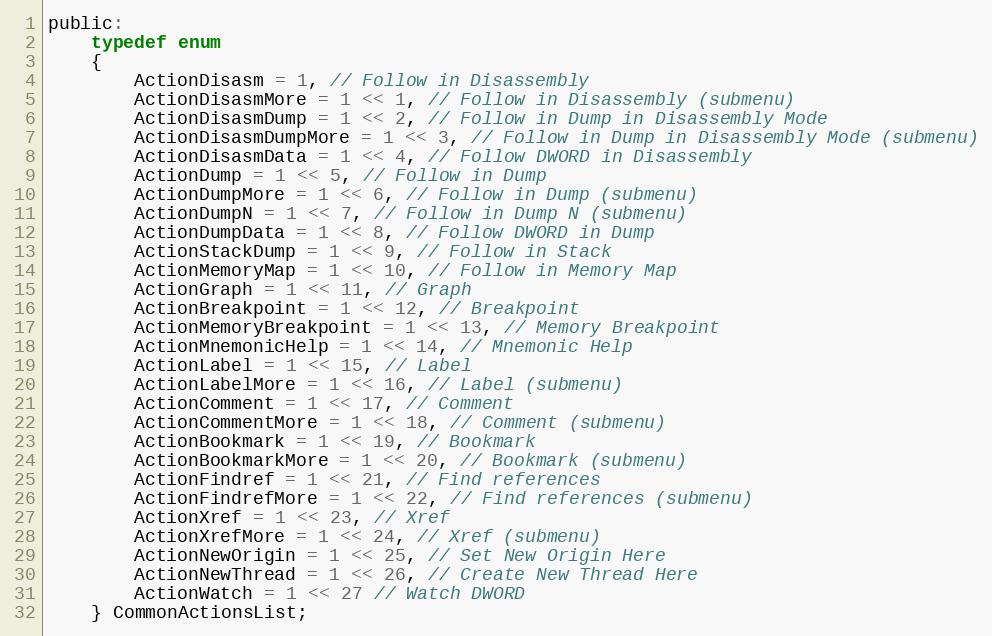
Language: C
public:
    typedef enum
    {
        ActionDisasm = 1, // Follow in Disassembly
        ActionDisasmMore = 1 << 1, // Follow in Disassembly (submenu)
        ActionDisasmDump = 1 << 2, // Follow in Dump in Disassembly Mode
        ActionDisasmDumpMore = 1 << 3, // Follow in Dump in Disassembly Mode (submenu)
        ActionDisasmData = 1 << 4, // Follow DWORD in Disassembly
        ActionDump = 1 << 5, // Follow in Dump
        ActionDumpMore = 1 << 6, // Follow in Dump (submenu)
        ActionDumpN = 1 << 7, // Follow in Dump N (submenu)
        ActionDumpData = 1 << 8, // Follow DWORD in Dump
        ActionStackDump = 1 << 9, // Follow in Stack
        ActionMemoryMap = 1 << 10, // Follow in Memory Map
        ActionGraph = 1 << 11, // Graph
        ActionBreakpoint = 1 << 12, // Breakpoint
        ActionMemoryBreakpoint = 1 << 13, // Memory Breakpoint
        ActionMnemonicHelp = 1 << 14, // Mnemonic Help
        ActionLabel = 1 << 15, // Label
        ActionLabelMore = 1 << 16, // Label (submenu)
        ActionComment = 1 << 17, // Comment
        ActionCommentMore = 1 << 18, // Comment (submenu)
        ActionBookmark = 1 << 19, // Bookmark
        ActionBookmarkMore = 1 << 20, // Bookmark (submenu)
        ActionFindref = 1 << 21, // Find references
        ActionFindrefMore = 1 << 22, // Find references (submenu)
        ActionXref = 1 << 23, // Xref
        ActionXrefMore = 1 << 24, // Xref (submenu)
        ActionNewOrigin = 1 << 25, // Set New Origin Here
        ActionNewThread = 1 << 26, // Create New Thread Here
        ActionWatch = 1 << 27 // Watch DWORD
    } CommonActionsList;